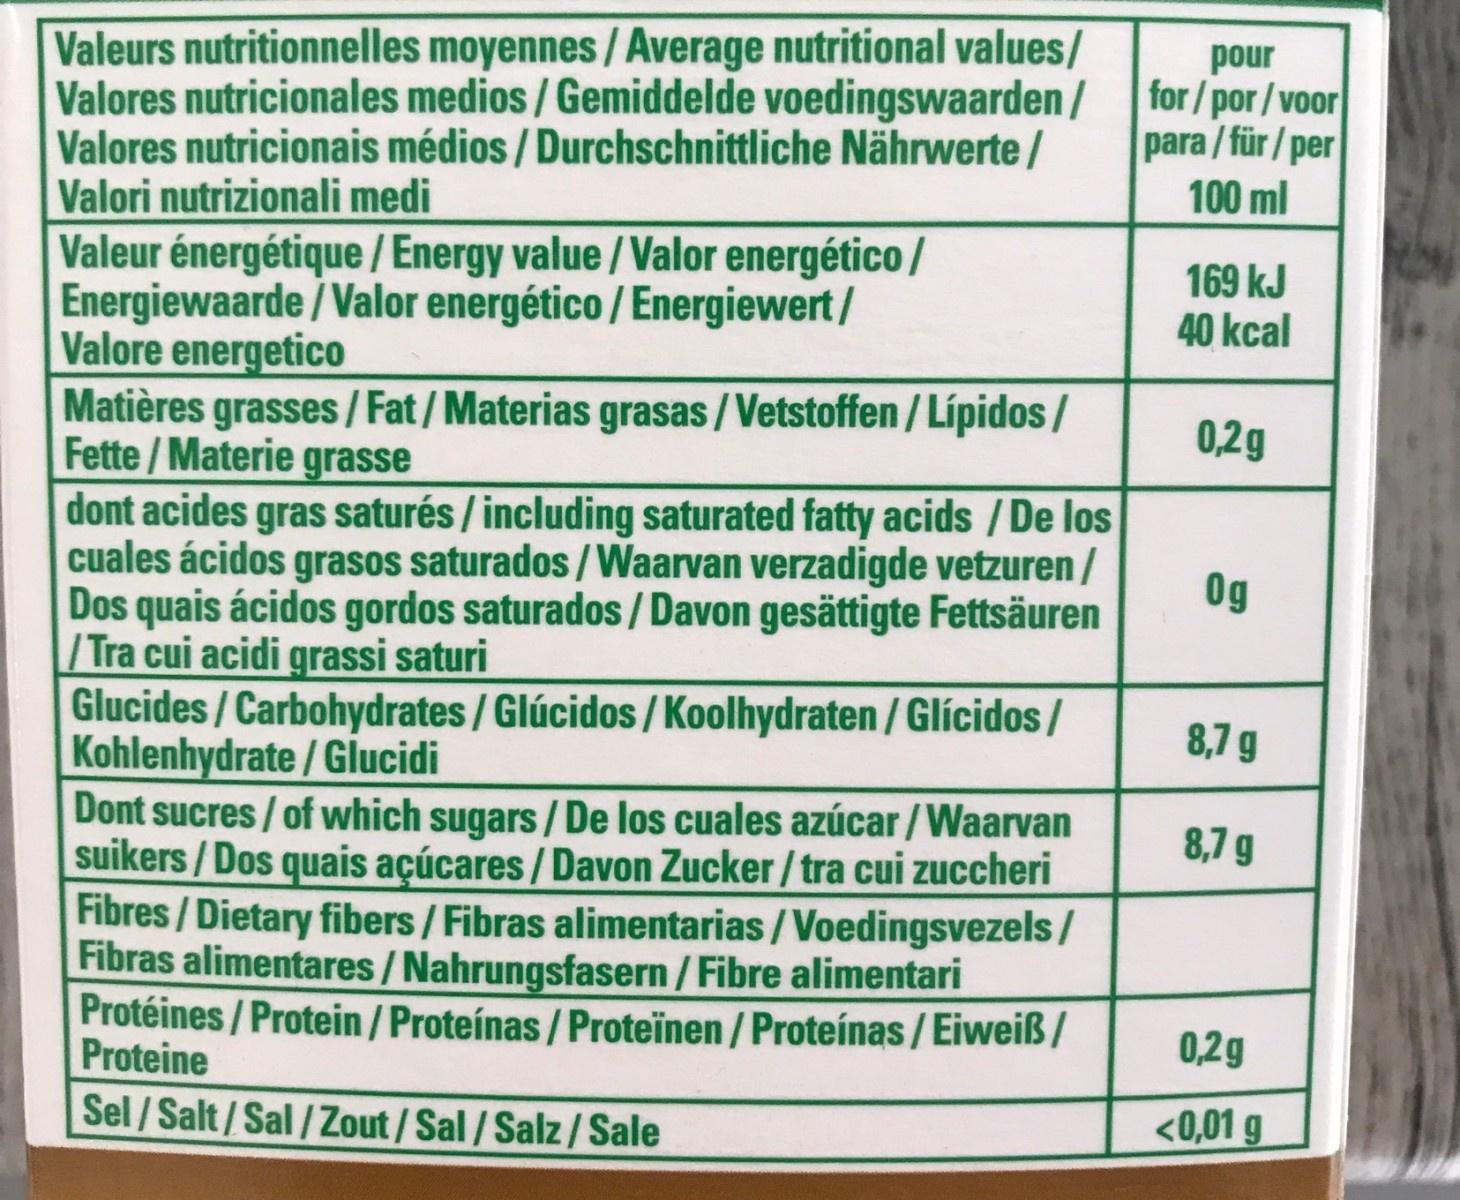
Valeurs nutritionnelles moyennes / Average nutritional values/ Valores nutricionales medios / Gemiddelde voedingswaarden / Valores nutricionais médios / Durchschnittliche Nährwerte / Valori nutrizionali medi Valeur énergétique/ Energy value /Valor energético / Energiewaarde / Valor energético / Energiewert/ Valore energetico Matières grasses / Fat/Materias grasas / Vetstoffen / Lípidos / Fette/Materie grasse dont acides gras saturés / including saturated fatty acids / De los cuales ácidos grasos saturados / Waarvan verzadigde vetzuren / Dos quais ácidos gordos saturados/ Davon gesättigte Fettsäuren /Tra cui acidi grassi saturi Glucides/ Carbohydrates / Glúcidos/Koolhydraten / Glícidos / Kohlenhydrate / Glucidi Dont sucres/ of which sugars / De los cuales azúcar /Waarvan suikers/Dos quais açúcares /Davon Zucker/tra cui zuccheri Fibres/ Dietary fibers / Fibras alimentarias /Voedingsvezels / Fibras alimentares / Nahrungsfasern / Fibre alimentari Protéines / Protein / Proteínas / Proteïnen / Proteínas / Eiweiß / Proteine pour for/ por / voor para/für/ per 100 ml 169 kJ 40 kcal 0,2g Og 8,7 g 8,7 g 0,2g Sel/Salt/Sal/Zout / Sal / Salz/ Sale <0,01 g